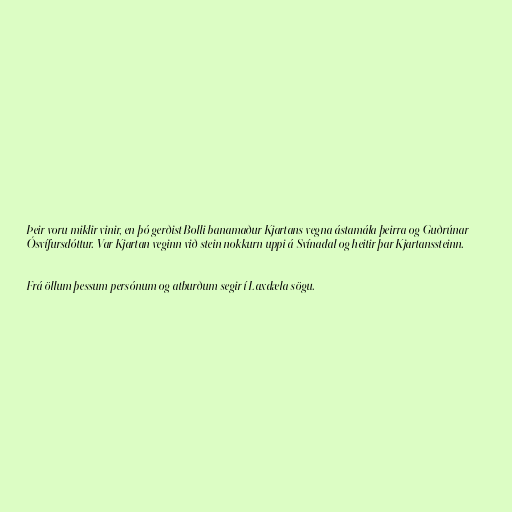
Þeir voru miklir vinir, en þó gerðist Bolli banamaður Kjartans vegna ástamála þeirra og Guðrúnar
Ósvífursdóttur. Var Kjartan veginn við stein nokkurn uppi á Svínadal og heitir þar Kjartanssteinn.

Frá öllum þessum persónum og atburðum segir í Laxdæla sögu.